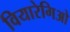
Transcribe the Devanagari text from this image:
वियारेगिओ